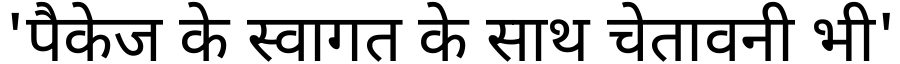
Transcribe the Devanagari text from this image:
'पैकेज के स्वागत के साथ चेतावनी भी'